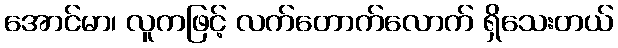
အောင်မာ၊ လူကဖြင့် လက်တောက်လောက် ရှိသေးတယ်